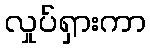
လှုပ်ရှားကာ